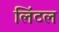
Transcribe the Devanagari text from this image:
लिंटल